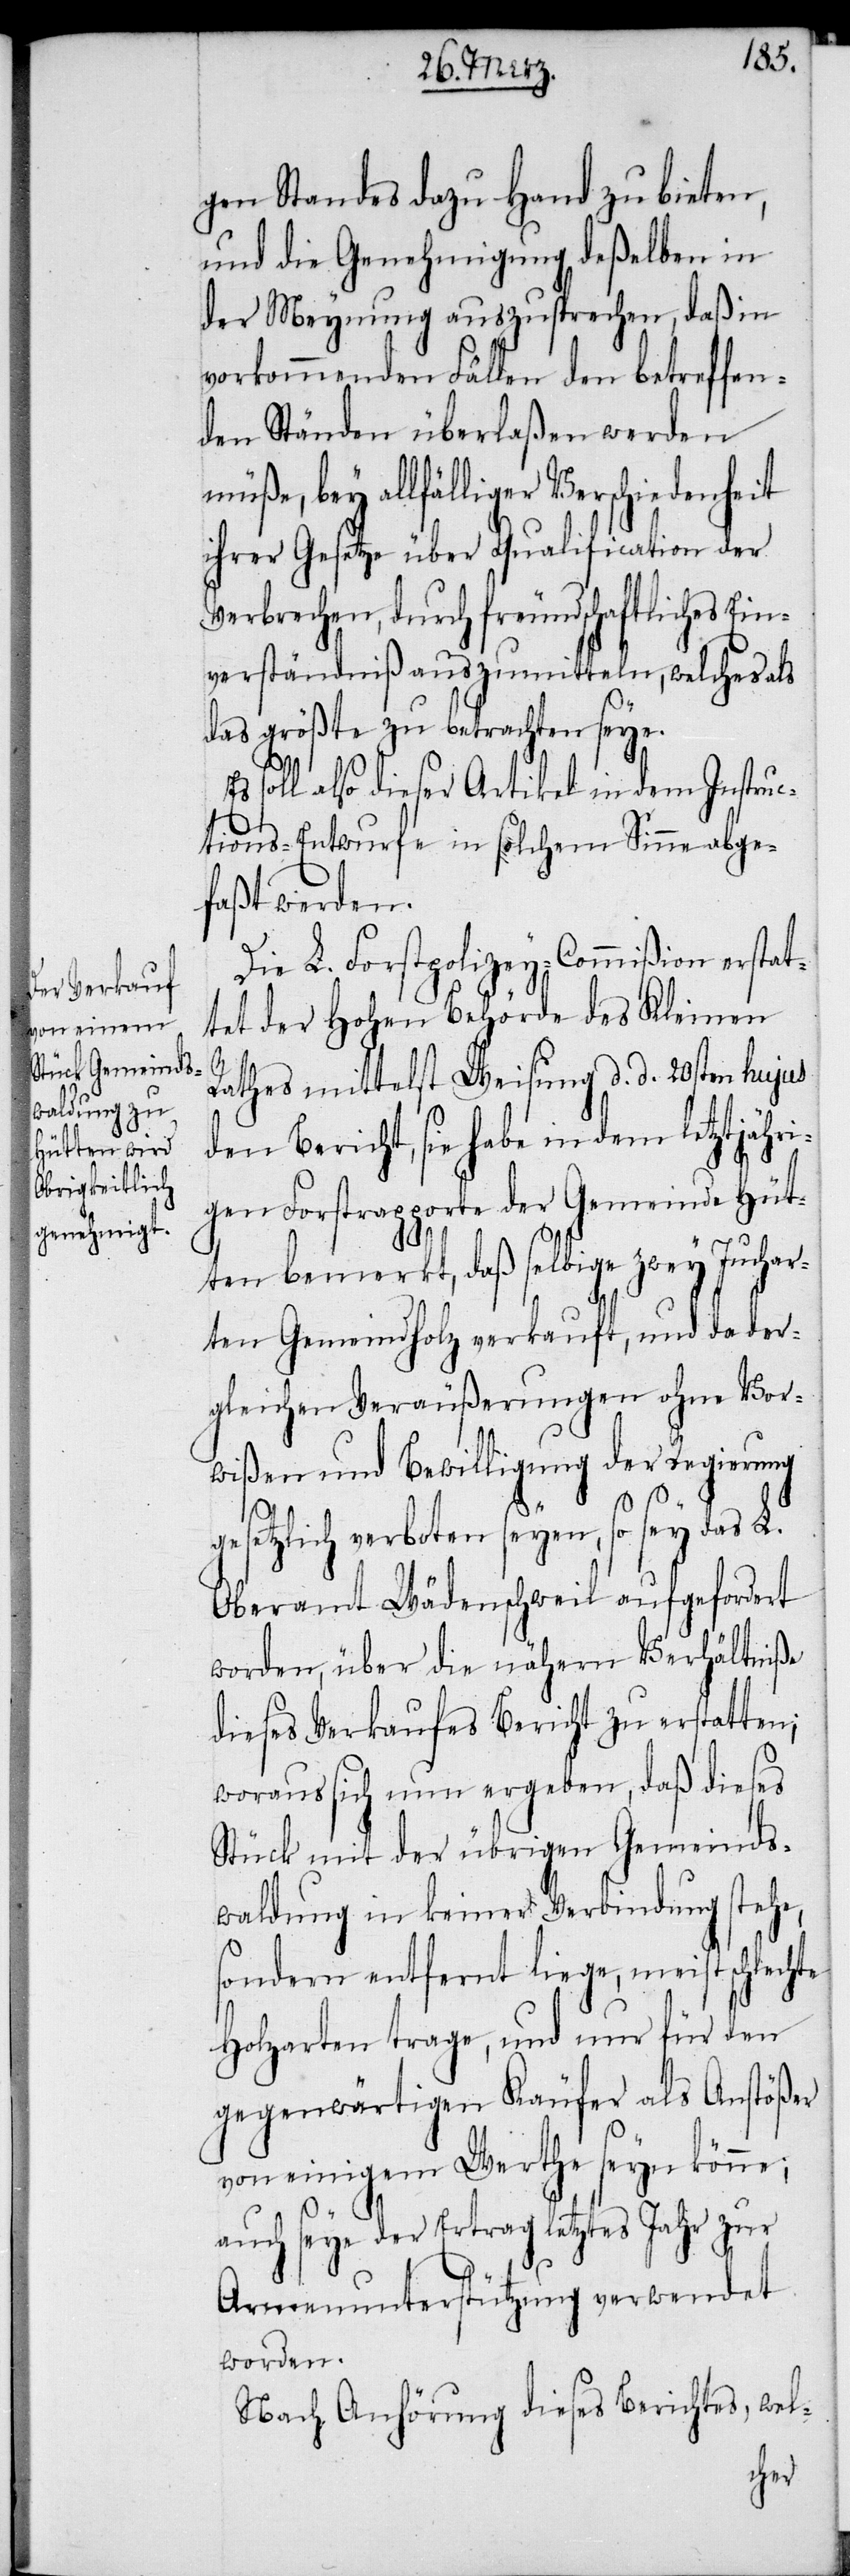
gen Standes dazu Hand zu bieten,
und die Genehmigung deßelben in
der Meynung auszusprechen, daß in
vorkommenden Fällen den betreffen¬
den Ständen überlaßen werden
müße, bey allfälliger Verschiedenheit
ihrer Gesetze über Qualification der
Verbrechen, durch freundschaftliches Ein¬
verständniß auszumitteln, welches als
das größte zu betrachten seye.
soll also dieser Artikel in dem Instruc¬
tions-Entwurfe in solchem Sinne abge¬
faßt werden.
Die L. Forstpolizey-Commißion erstat¬
tet der Hohen Behörde des Kleinen
Rathes mittelst Weisung d. d. 20sten hujus
den Bericht, sie habe in dem letztjähri¬
gen Forstrapporte der Gemeinde Hüt¬
ten bemerkt, daß selbige zwey Juchar¬
ten Gemeindholz verkauft, und da der¬
gleichen Veräußerungen ohne Vor¬
wißen und Bewilligung der Regierung
gesetzlich verboten seyen, so sey das L.
Oberamt Wädenschweil aufgefordert
worden, über die nähern Verhältniße
dieses Verkaufes Bericht zu erstatten;
woraus sich nun ergeben, daß dieses
Stück mit der übrigen Gemeinds¬
waldung in keiner Verbindung stehe,
sondern entfernt liege, meist schlechte
Holzarten trage, und nur für den
gegenwärtigen Käufer als Anstößer
von einigem Werthe seyn könne;
auch seye der Ertrag letztes Jahr zur
Armenunterstützung verwendet
worden.
Nach Anhörung dieses Berichtes, wel-